Report on horse surra - Volume I
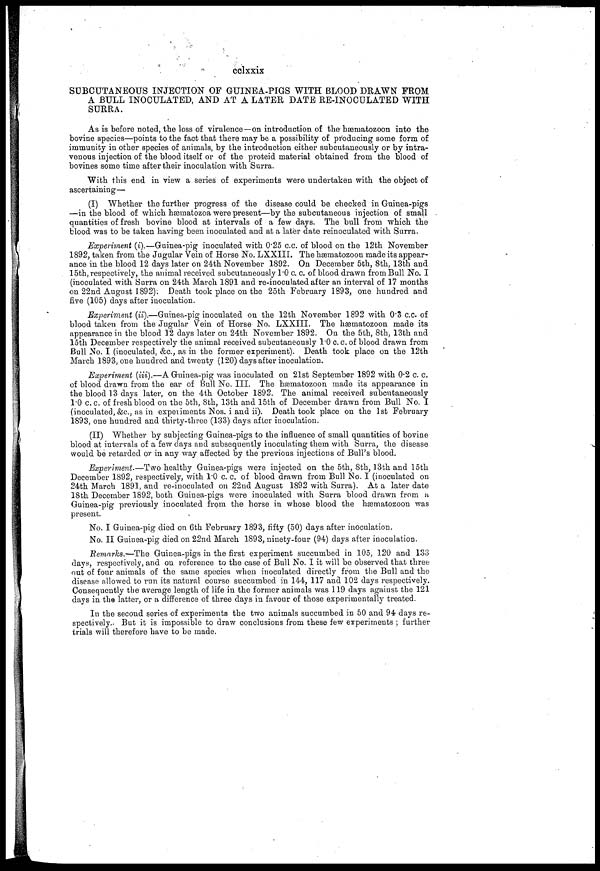
cclxxix
SUBCUTANEOUS INJECTION OF GUINEA-PIGS WITH BLOOD DRAWN FROM
A BULL INOCULATED, AND AT A LATER DATE RE-INOCULATED WITH
SURRA.
As is before noted, the loss of virulence—on introduction of the hæmatozoon into the
bovine species—points to the fact that there may be a possibility of producing some form of
immunity in other species of animals, by the introduction either subcutaneously or by intra-
venous injection of the blood itself or of the proteid material obtained from the blood of
bovines some time after their inoculation with Surra.
With this end in view a series of experiments were undertaken with the object of
ascertaining—
(I) Whether the further progress of the disease could be checked in Guinea-pigs
—in the blood of which hæmatozoa were present—by the subcutaneous injection of small
quantities of fresh bovine blood at intervals of a few days. The bull from which the
blood was to be taken having been inoculated and at a later date reinoculated with Surra.
Experiment (i).—Guinea-pig inoculated with 0.25 c.c. of blood on the 12th November
1892, taken from the Jugular Vein of Horse No. LXXIII. The hæmatozoon made its appear-
ance in the blood 12 days later on 24th November 1892. On December 5th, 8th, 13th and
15th, respectively, the animal received subcutaneously 1.0 c. c. of blood drawn from Bull No. I
(inoculated with Surra on 24th March 1891 and re-inoculated after an interval of 17 months
on 22nd August 1892). Death took place on the 25th February 1893, one hundred and
five (105) days after inoculation.
Experiment (ii).—Guinea-pig inoculated on the 12th November 1892 with 0.3 c.c. of
blood taken from the Jugular Vein of Horse No. LXXIII. The hæmatozoon made its
appearance in the blood 12 days later on 24th November 1892. On the 5th, 8th, 13th and
15th December respectively the animal received subcutaneously 1.0 c. c. of blood drawn from
Bull No. I (inoculated, &c., as in the former experiment). Death took place on the 12th
March 1893, one hundred and twenty (120) days after inoculation.
Experiment (iii).—A Guinea-pig was inoculated on 21st September 1892 with 0.2 c. c.
of blood drawn from the ear of Bull No. III. The hæmatozoon made its appearance in
the blood 13 days later, on the 4th October 1892. The animal received subcutaneously
1.0 c. c. of fresh blood on the 5th, 8th, 13th and 15th of December drawn from Bull No. I
(inoculated, &c., as in experiments Nos. i and ii). Death took place on the 1st February
1893, one hundred and thirty-three (133) days after inoculation.
(II) Whether by subjecting Guinea-pigs to the influence of small quantities of bovine
blood at intervals of a few days and subsequently inoculating them with Surra, the disease
would be retarded or in any way affected by the previous injections of Bull's blood.
Experiment.—Two healthy Guinea-pigs were injected on the 5th, 8th, 13th and 15th
December 1892, respectively, with 1.0 c. c. of blood drawn from Bull No. I (inoculated on
24th March 1891, and re-inoculated on 22nd August 1892 with Surra). At a later date
18th December 1892, both Guinea-pigs were inoculated with Surra blood drawn from a
Guinea-pig previously inoculated from the horse in whose blood the hæmatozoon was
present.
No. I Guinea-pig died on 6th February 1893, fifty (50) days after inoculation.
No. II Guinea-pig died on 22nd March 1893, ninety-four (94) days after inoculation.
Remarks.—The Guinea-pigs in the first experiment succumbed in 105, 120 and 133
days, respectively, and on reference to the case of Bull No. I it will be observed that three
out of four animals of the same species when inoculated directly from the Bull and the
disease allowed to run its natural course succumbed in 144, 117 and 102 days respectively.
Consequently the average length of life in the former animals was 119 days against the 121
days in the latter, or a difference of three days in favour of those experimentally treated.
In the second series of experiments the two animals succumbed in 50 and 94 days re-
spectively. But it is impossible to draw conclusions from these few experiments ; further
trials will therefore have to be made.